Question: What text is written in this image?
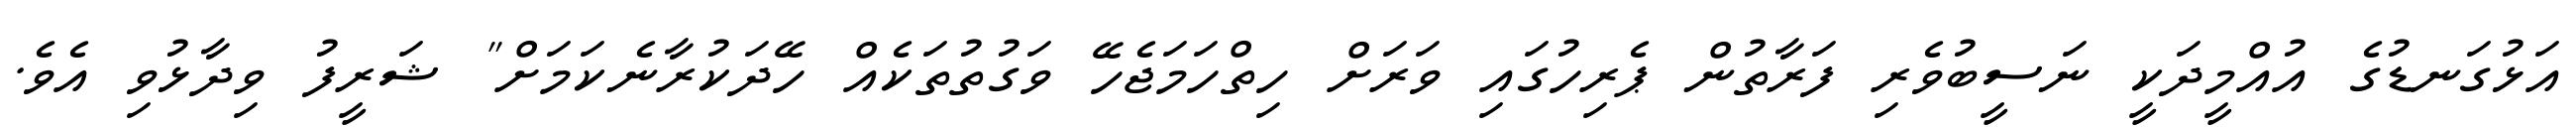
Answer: އަޅުގަނޑުގެ އުއްމީދަކީ ނަސީބުވެރި ފަރާތުން ޕެރިހުގައި ވަރަށް ހިތްހަމަޖެހޭ ވަގުތުތަކެއް ހޭދަކުރާނެކަމަށް" ޝަރީފު ވިދާޅުވި އެވެ.